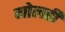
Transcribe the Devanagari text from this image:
गोलही